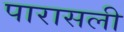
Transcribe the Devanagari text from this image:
पारासली